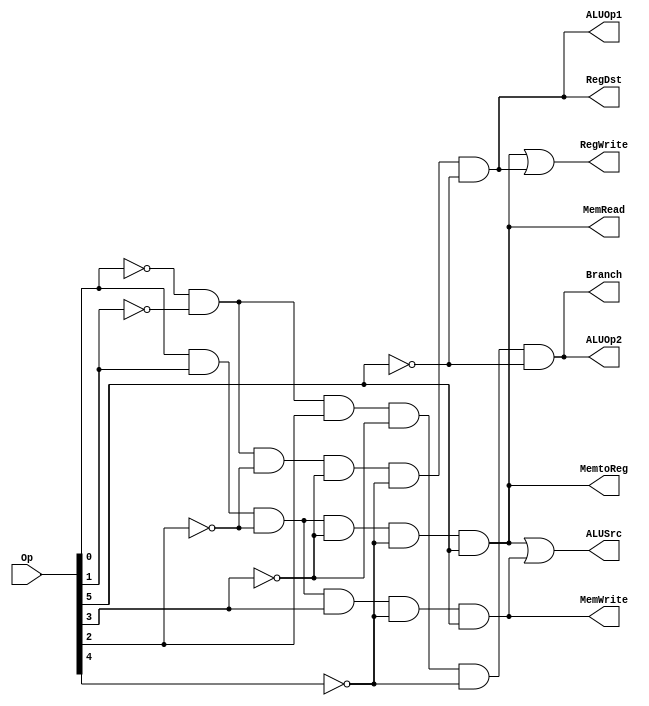
module ANDarray (RegDst,ALUSrc, MemtoReg, RegWrite,MemRead, MemWrite,Branch,ALUOp1,ALUOp2,Op);
    input [5:0] Op;
    output RegDst,ALUSrc,MemtoReg, RegWrite, MemRead,MemWrite,Branch,ALUOp1,ALUOp2;
    wire Rformat, lw,sw,beq;
    assign Rformat= (~Op[0])& (~Op[1])& (~Op[2])& (~Op[3])&(~Op[4])& (~Op[5]);
    assign lw= (Op[0])& (Op[1])& (~Op[2])& (~Op[3])&(~Op[4])& (Op[5]);
    assign sw= (Op[0])& (Op[1])& (~Op[2])& (Op[3])&(~Op[4])& (Op[5]);
    assign beq= (~Op[0])& (~Op[1])& (Op[2])& (~Op[3])&(~Op[4])& (~Op[5]);
// complete rest of the module
    assign 
        RegDst=Rformat,
        ALUSrc=lw |sw,
        MemtoReg=lw, 
        RegWrite=lw|Rformat, 
        MemRead=lw,
        MemWrite=sw,
        Branch=beq,
        ALUOp1=Rformat,
        ALUOp2=beq;
endmodule

module tbmaincontrol;
    reg [5:0]Op;
    wire RegDst,ALUSrc,MemtoReg, RegWrite, MemRead,MemWrite,Branch,ALUOp1,ALUOp2;
    ANDarray A(RegDst,ALUSrc, MemtoReg, RegWrite,MemRead, MemWrite,Branch,ALUOp1,ALUOp2,Op);
    initial
    begin
        $monitor($time," RegDst=%h,ALUSrc=%h, MemtoReg=%h, RegWrite=%h,MemRead=%h, MemWrite=%h,Branch=%h,ALUOp1=%h,ALUOp2=%h,Op=%6b",RegDst,ALUSrc, MemtoReg, RegWrite,MemRead, MemWrite,Branch,ALUOp1,ALUOp2,Op);
        Op=6'b000000;
        #5 Op=6'b100011;
        #5 Op=6'b101011;
        #5 Op=6'b000100;
        #50 $finish;
    end
endmodule